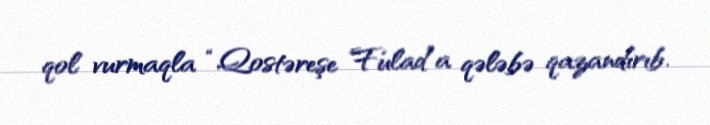
qol vurmaqla “Qostəreşe Fulad”a qələbə qazandırıb.